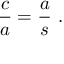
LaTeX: { \frac { c } { a } } = { \frac { a } { s } } \ .